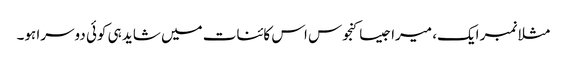
مثلا نمبر ایک، میرا جیسا کنجوس اس کائنات میں شاید ہی کوئی دوسرا ہو۔